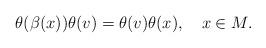
LaTeX: \begin{align*}\theta(\beta(x))\theta(v)=\theta(v)\theta(x),\ \ \ x\in M.\end{align*}